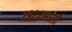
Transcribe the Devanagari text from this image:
१९२२साली